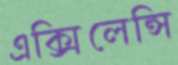
এক্সিলেন্সি